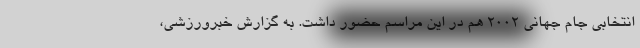
انتخابی جام جهانی ۲۰۰۲ هم در این مراسم حضور داشت. به گزارش خبرورزشی،